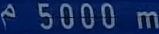
5000m